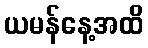
ယမန်နေ့အထိ